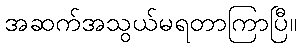
အဆက်အသွယ်မရတာကြာပြီ။